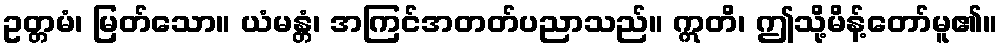
ဥတ္တမံ၊ မြတ်သော။ ယံမန္တံ၊ အကြင်အတတ်ပညာသည်။ ဣတိ၊ ဤသို့မိန့်တော်မူ၏။